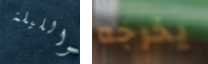
والليلة يخرجه